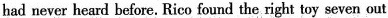
had never heard before. Rico found the right toy seven out